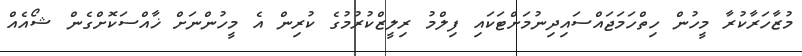
މުޒާހަރާކުރާ މީހުން ހިތްހަމަޖައްސައިދިނުމަށްޓަކައި ފިލްމު ރިލީޒްކުރުމުގެ ކުރިން އެ މީހުންނަށް ޚާއްސަކޮށްގެން ޝޯއެއް